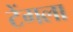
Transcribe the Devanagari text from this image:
टेंगला